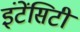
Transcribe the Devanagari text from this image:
इंटेंसिटी